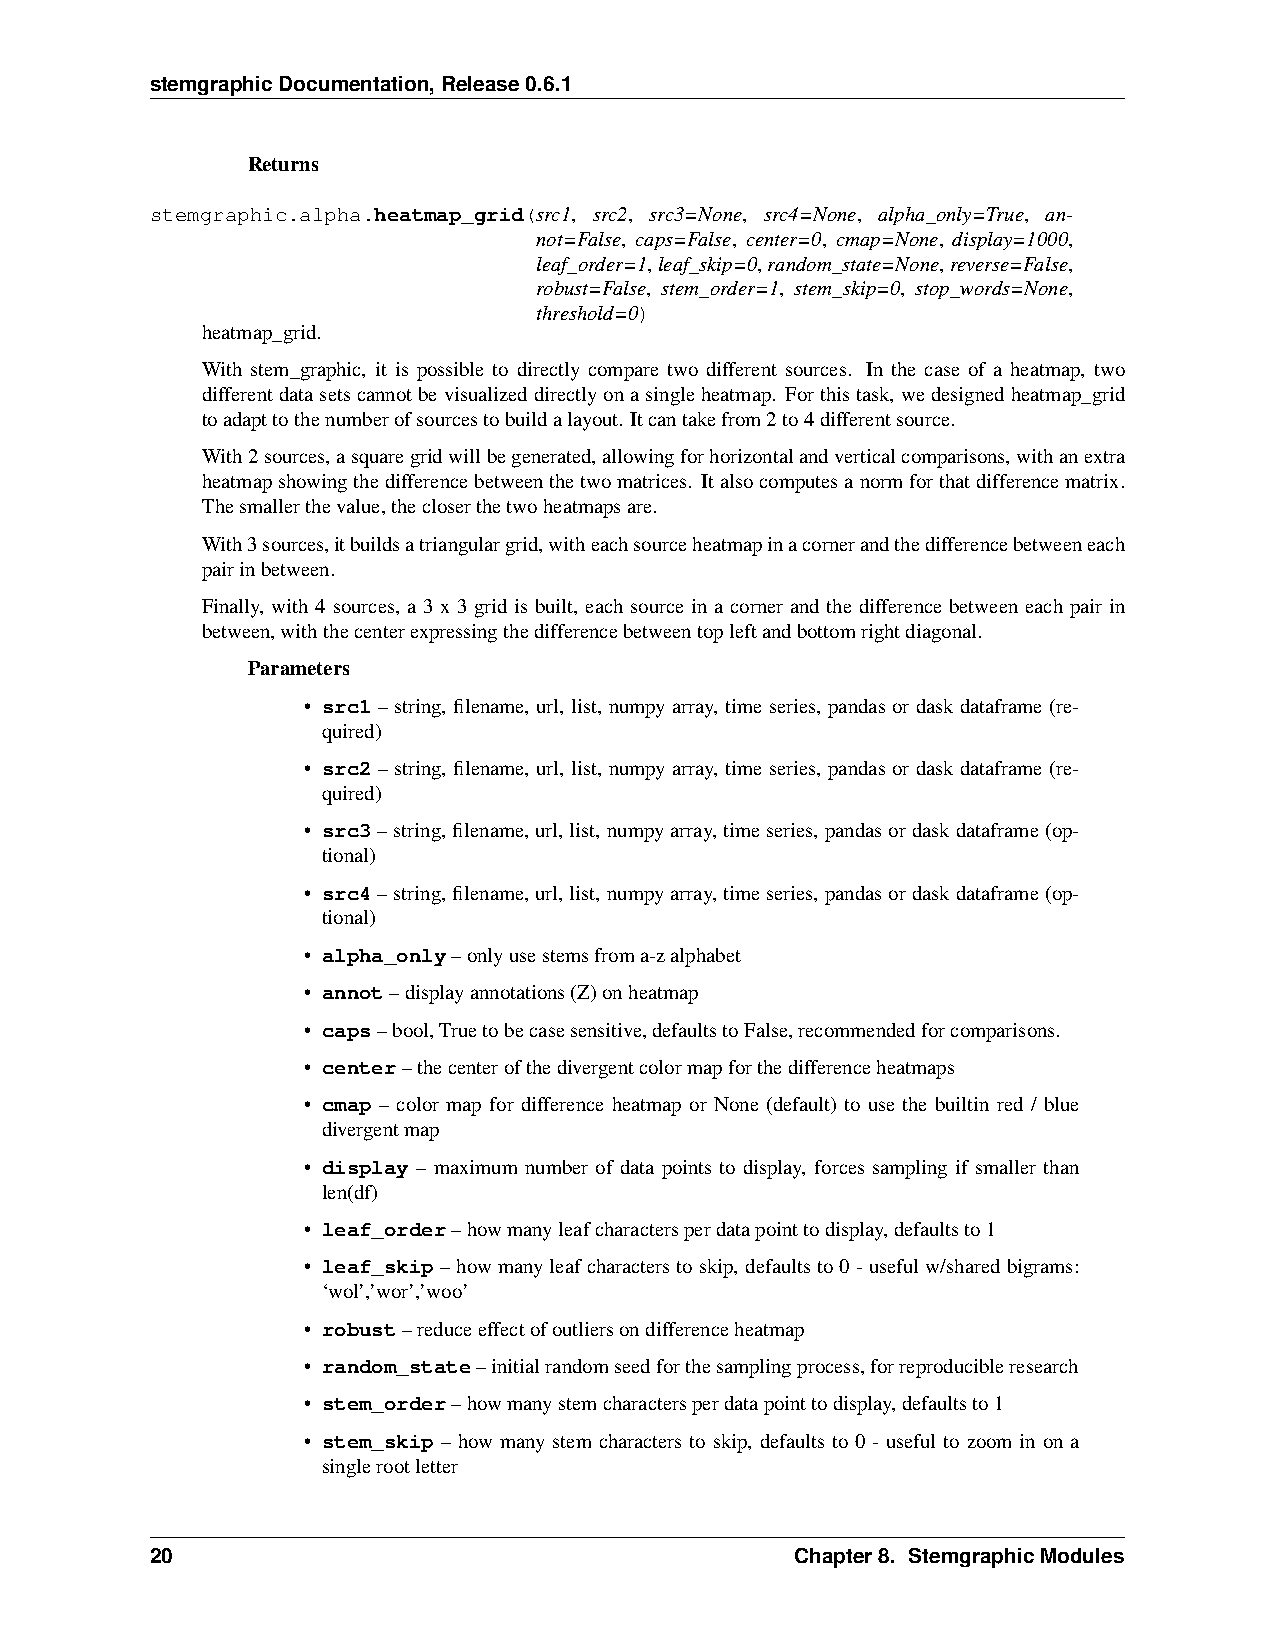
stemgraphicDocumentation,Release0.6.1
 Returns
 stemgraphic.alpha.heatmap_grid(src1, src2, src3=None, src4=None, alpha_only=True, an-
 not=False, caps=False, center=0, cmap=None, display=1000,
 leaf_order=1,leaf_skip=0,random_state=None,reverse=False,
 robust=False, stem_order=1, stem_skip=0, stop_words=None,
 threshold=0)
 heatmap_grid.
 With stem_graphic, it is possible to directly compare two different sources. In the case of a heatmap, two
 differentdatasetscannotbevisualizeddirectlyonasingleheatmap. Forthistask,wedesignedheatmap_grid
 toadapttothenumberofsourcestobuildalayout. Itcantakefrom2to4differentsource.
 With2sources,asquaregridwillbegenerated,allowingforhorizontalandverticalcomparisons,withanextra
 heatmapshowingthedifferencebetweenthetwomatrices. Italsocomputesanormforthatdifferencematrix.
 Thesmallerthevalue,thecloserthetwoheatmapsare.
 With3sources,itbuildsatriangulargrid,witheachsourceheatmapinacornerandthedifferencebetweeneach
 pairinbetween.
 Finally, with 4 sources, a 3 x 3 grid is built, each source in a corner and the difference between each pair in
 between,withthecenterexpressingthedifferencebetweentopleftandbottomrightdiagonal.
 Parameters
 • src1 – string, filename, url, list, numpy array, time series, pandas or dask dataframe (re-
 quired)
 • src2 – string, filename, url, list, numpy array, time series, pandas or dask dataframe (re-
 quired)
 • src3–string,filename,url,list,numpyarray,timeseries,pandasordaskdataframe(op-
 tional)
 • src4–string,filename,url,list,numpyarray,timeseries,pandasordaskdataframe(op-
 tional)
 • alpha_only–onlyusestemsfroma-zalphabet
 • annot–displayannotations(Z)onheatmap
 • caps–bool,Truetobecasesensitive,defaultstoFalse,recommendedforcomparisons.
 • center–thecenterofthedivergentcolormapforthedifferenceheatmaps
 • cmap – color map for difference heatmap or None (default) to use the builtin red / blue
 divergentmap
 • display – maximum number of data points to display, forces sampling if smaller than
 len(df)
 • leaf_order–howmanyleafcharactersperdatapointtodisplay,defaultsto1
 • leaf_skip–howmanyleafcharacterstoskip, defaultsto0-usefulw/sharedbigrams:
 ‘wol’,’wor’,’woo’
 • robust–reduceeffectofoutliersondifferenceheatmap
 • random_state–initialrandomseedforthesamplingprocess,forreproducibleresearch
 • stem_order–howmanystemcharactersperdatapointtodisplay,defaultsto1
 • stem_skip – how many stem characters to skip, defaults to 0 - useful to zoom in on a
 singlerootletter
 20                                         Chapter8. StemgraphicModules